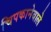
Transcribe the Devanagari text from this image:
चिपकानेवाले